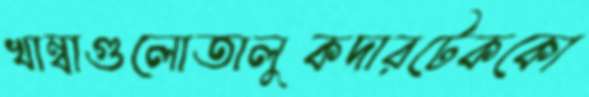
খাম্বাগুলোতালুকদারটেককো